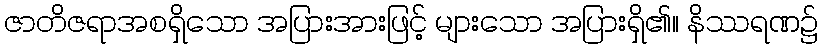
ဇာတိဇရာအစရှိသော အပြားအားဖြင့် များသော အပြားရှိ၏။ နိဿရဏ၌